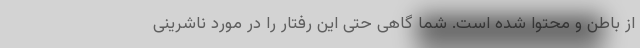
از باطن و محتوا شده است. شما گاهی حتی این رفتار را در مورد ناشرینی